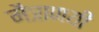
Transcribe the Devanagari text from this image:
मैत्राणयी